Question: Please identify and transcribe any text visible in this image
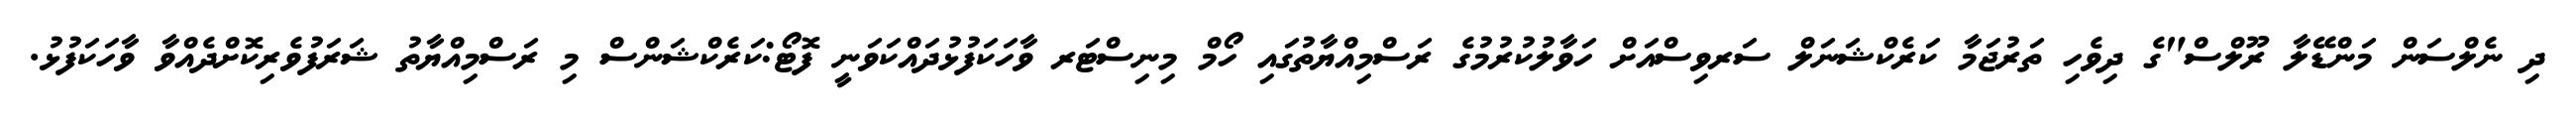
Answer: ދި ނެލްސަން މަންޑޭލާ ރޫލްސް"ގެ ދިވެހި ތަރުޖަމާ ކަރެކްޝަނަލް ސަރވިސްއަށް ހަވާލުކުރުމުގެ ރަސްމިއްޔާތުގައި ހޯމް މިނިސްޓަރ ވާހަކަފުޅުދައްކަވަނީ ފޮޓޯ:ކަރެކްޝަންސް މި ރަސްމިއްޔާތު ޝަރަފުވެރިކޮށްދެއްވާ ވާހަކަފުޅު.